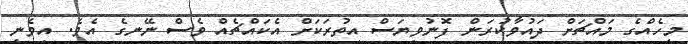
މީހެއްގެ މައްޗަށް ދައުވާކުރަން ފޮނުވިޔަސް އިތުރަކަށް އެކައްޗެއް ވެސް ނޭނގެ އެވެ. އިވެނީ